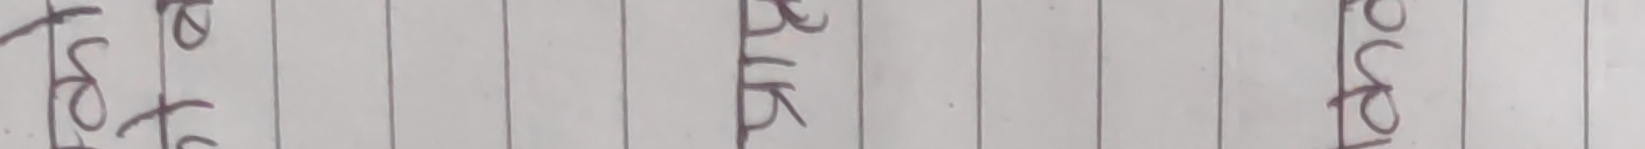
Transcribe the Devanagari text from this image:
टोट रे बिक्री खुला